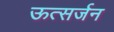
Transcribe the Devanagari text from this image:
ऊत्सर्जन